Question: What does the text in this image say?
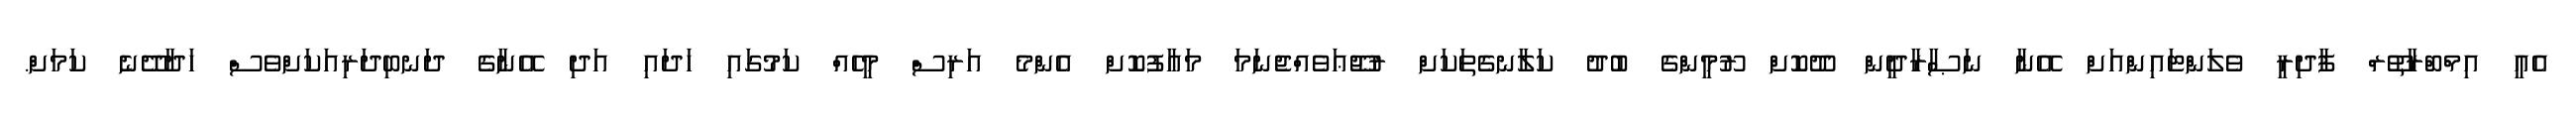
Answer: އެއީ އިމްބްރާތޫރް ފާދިރީ ވެލަންޓައިންއަށް އޭނާ ނަޞާރާދީން ދޫކޮށް ރޫމީންގެ ބުދު ކަލާނގެތަކަށް ރުޖޫޢަވެއްޖެނަމަ މަޢާފުކޮށް އެންމެ އަރިސް މީހެއް ކަމުގައި ހަދައި އަދި އޭނާގެ ދަނބިދަރިއަކަށްވެސް ހަދާދޭނެ ކަމަށް.